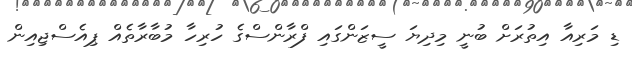
ޑި މަރިއާ އިތުރަށް ބުނީ މިދިޔަ ސީޒަންގައި ފްރާންސްގެ ހުރިހާ މުބާރާތެއް ޕިއެސްޖިއިން